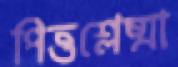
পিত্তশ্লেষ্মা